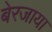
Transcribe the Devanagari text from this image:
बेरजाया